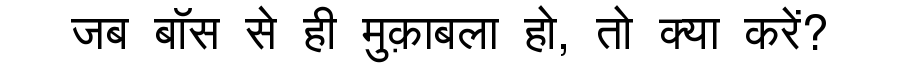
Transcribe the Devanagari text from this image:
जब बॉस से ही मुक़ाबला हो, तो क्या करें?